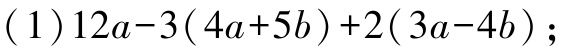
(1)$12a - 3(4a + 5b)+2(3a - 4b)$；